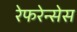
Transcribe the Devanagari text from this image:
रेफरेन्सेस